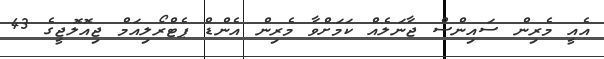
އެއީ މެރިން ސައިންސް ޖާނަލެއް ކަމަށްވާ މެރިން އެންޑް ޕެޓްރޯލިއަމް ޖިއޮލޮޖީގެ 43